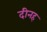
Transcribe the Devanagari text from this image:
दीनह